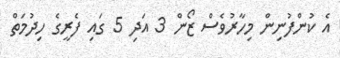
އެ ކުންފުނިން މިހާރުވެސް ޒޯން 3 އަދި 5 ގައި ފެރީގެ ހިދުމަތް